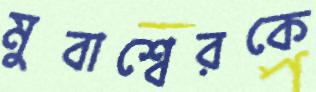
মুবাশ্বেরকে